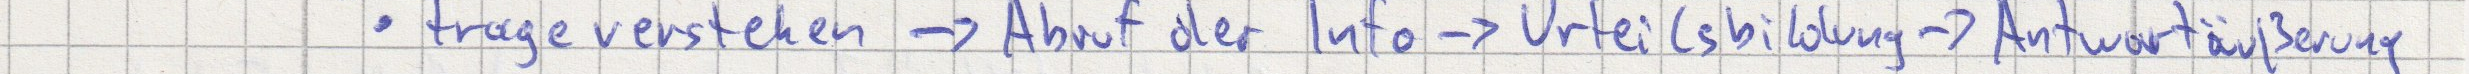
Frage verstehen -> Abruf der Info -> Urteilsbildung -> Antwortäußerung